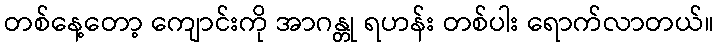
တစ်နေ့တော့ ကျောင်းကို အာဂန္တု ရဟန်း တစ်ပါး ရောက်လာတယ်။